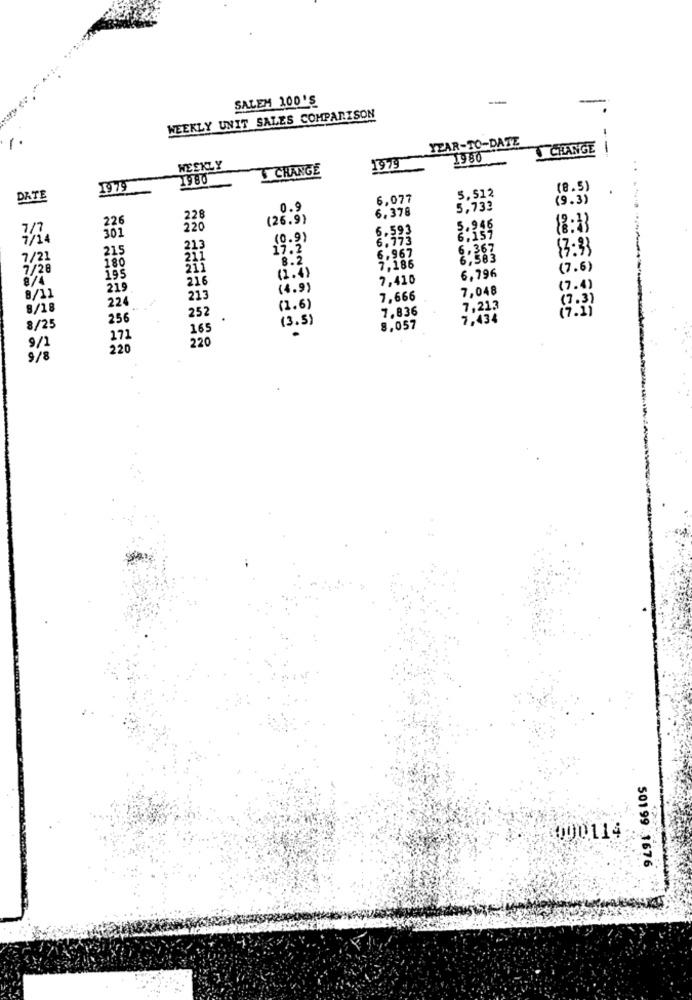
SALEM 200'S
--
WEEKLY UNIT SALES COMPARISON
YEAR-TO-DATE
1
CHANGE |
1980
WEEKLY
CHANGE
1979
..
1979
(8.5)
DATE
6,077
5,512
(9.3)
.0.9
6,378
5,733
226
228
(26.9)
30
220
6.593
5.946
1/14
(0.9)
6,773
6,157
215
213
17.2
6. 367
83:33
7/21
180
8.2
6.967
6.583
7/28
211
7,186
(7.6)
8/4
195
216
(2.4)
7,410
6,796
219
(4.9)
7,048
(7.4)
8/11
224
213
7,666
(7.3)
8/18
252
(1.6)
7.836
7,213
(7.2)
256
.
(3.5)
7,434
8/25
165
8.057
171
220
9/1
220
9/8
400114
50199 1676